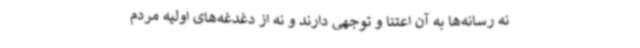
نه رسانه‌ها به آن اعتنا و توجهی دارند و نه از دغدغه‌های اولیه مردم